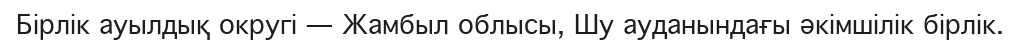
Бірлік ауылдық округі — Жамбыл облысы, Шу ауданындағы әкімшілік бірлік.